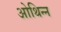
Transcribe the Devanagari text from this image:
ओथिन्न